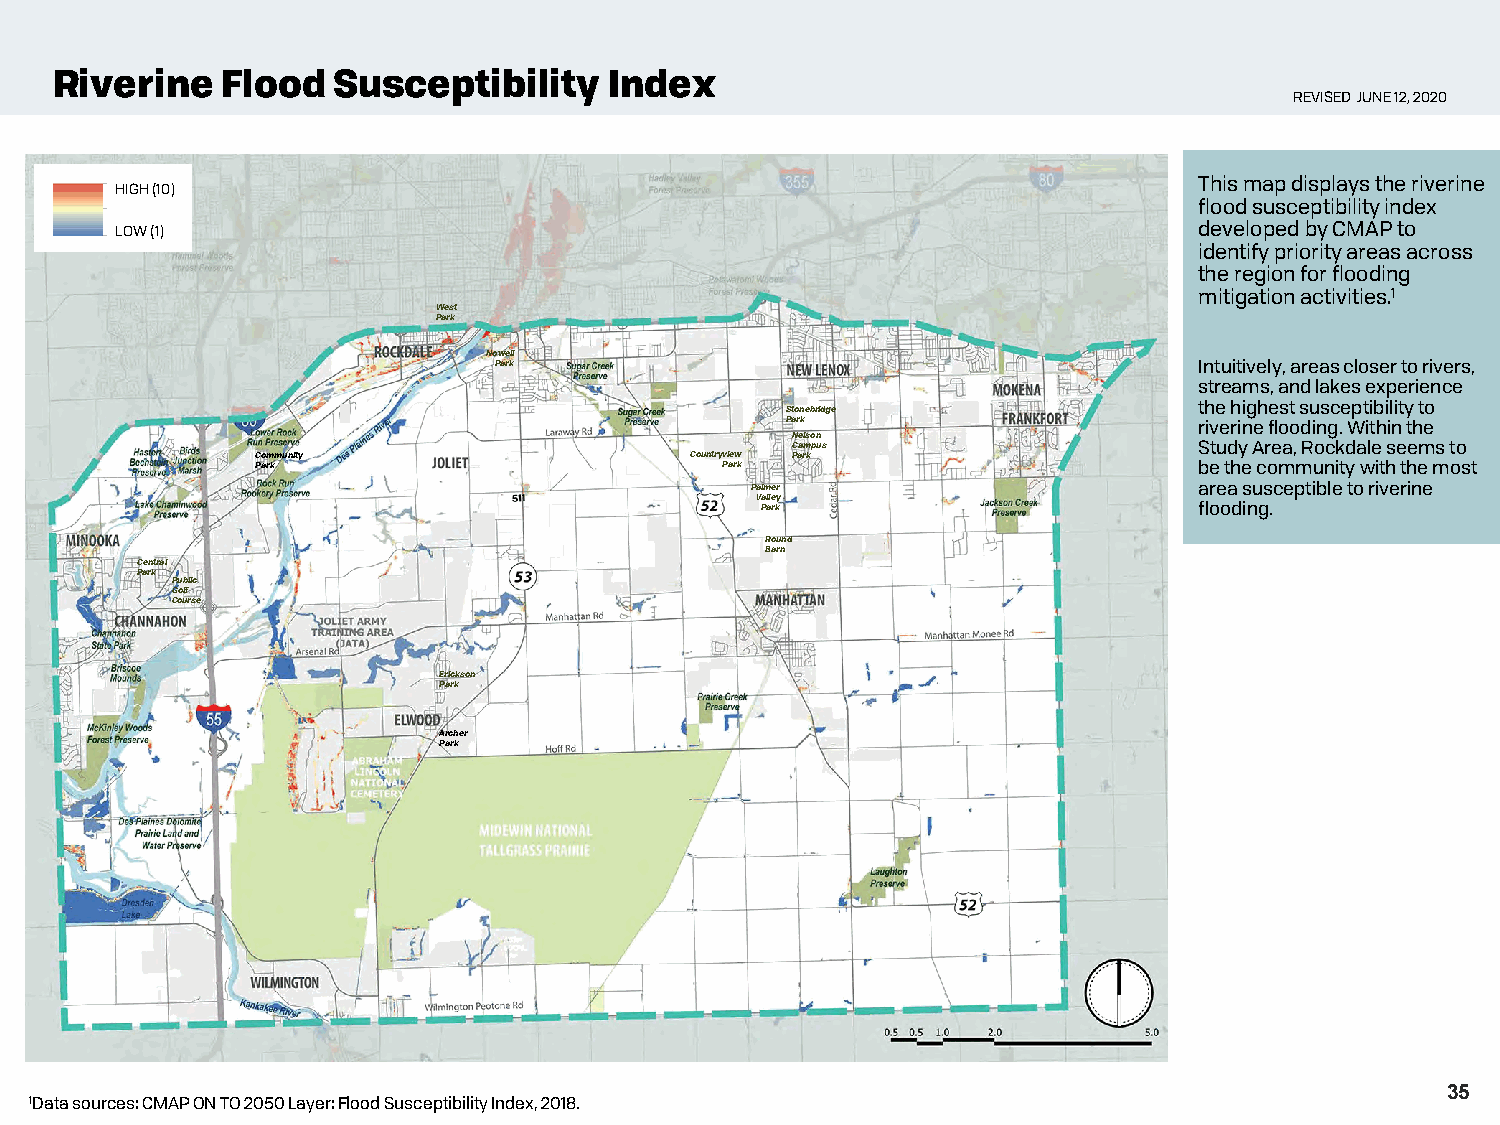
Riverine    Flood  Susceptibility    Index
 REVISED JUNE 12, 2020
 This map displays the riverine
 HIGH (10)
 flood susceptibility index
 LOW (1)                                                                developed by CMAP to
 identify priority areas across
 the region for flooding
 mitigation activities.1
 West
 Park
 Nowell
 Park                                          Intuitively, areas closer to rivers,
 streams, and lakes experience
 the highest susceptibility to
 Stonebridge
 Park                       riverine flooding. Within the
 Nelson
 Campus                     Study Area, Rockdale seems to
 Community                    Countryview Park
 Park                           Park                           be the community with the most
 Palmer                       area susceptible to riverine
 Valley
 Park                         flooding.
 Round
 Barn
 Central
 Park
 Public
 Golf
 Course
 Erickson
 Park
 Archer
 Park
 35
 1Data sources: CMAP ON TO 2050 Layer: Flood Susceptibility Index, 2018.